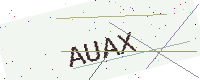
Text: AUAX